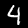
Label: 4